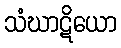
သံဃာဋိယော